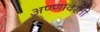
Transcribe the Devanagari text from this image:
अण्णावरती